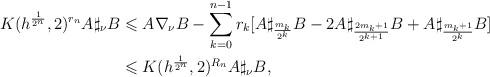
LaTeX: \begin{align*} K(h^{\frac{1}{2^{n}}},2)^{r_{n}} A \sharp_{\nu} B & \leqslant A \nabla_{\nu} B -\sum_{k=0}^{n-1}r_{k} [ A\sharp_{\frac{m_k}{2^k}}B -2A\sharp_{\frac{2m_k+1 }{2^{k+1}}}B +A\sharp_{{\frac{m_k+1}{2^k}}}B]\\ &\leqslant K(h^{\frac{1}{2^{n}}},2)^{R_{n}} A \sharp_{\nu} B, \end{align*}